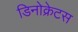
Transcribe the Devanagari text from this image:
डिनोक्रेटस